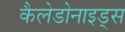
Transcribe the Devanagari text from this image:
कैलेडोनाइड्स